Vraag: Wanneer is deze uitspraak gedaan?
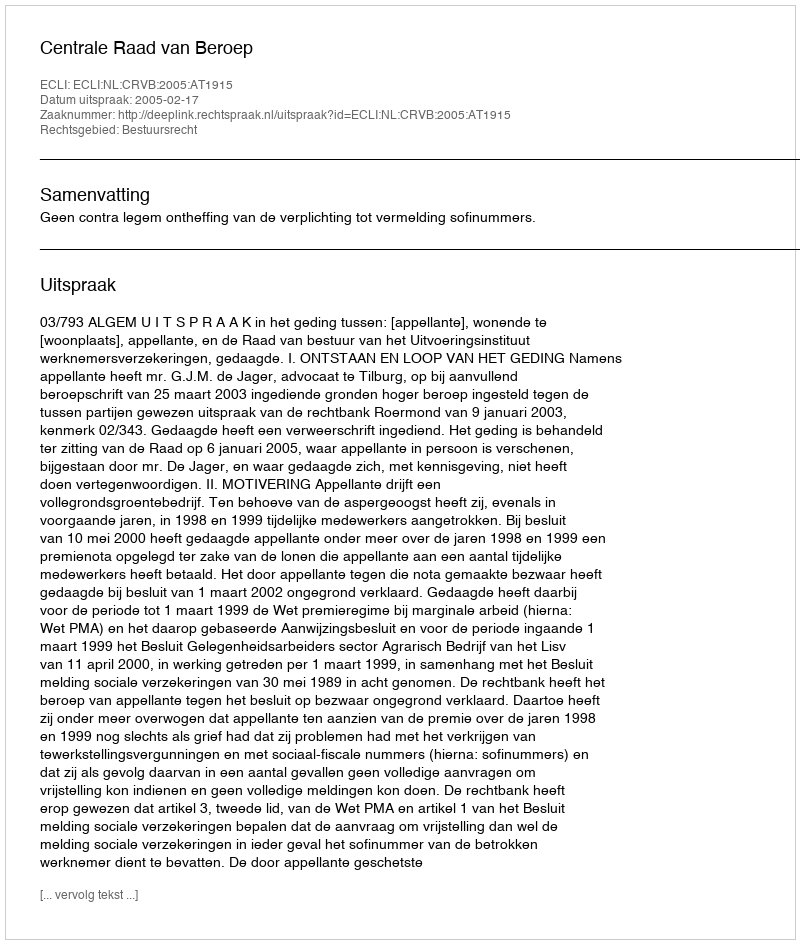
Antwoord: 2005-02-17